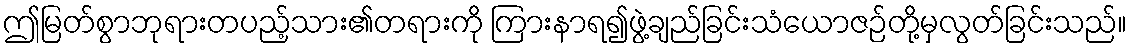
ဤမြတ်စွာဘုရားတပည့်သား၏တရားကို ကြားနာရ၍ဖွဲ့ချည်ခြင်းသံယောဇဉ်တို့မှလွတ်ခြင်းသည်။